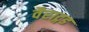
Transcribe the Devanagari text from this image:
वैराट्गड